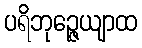
ပရိဘုဉ္ဇေယျာထ